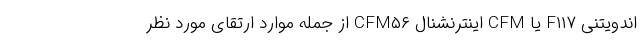
اندویتنی F۱۱۷ یا CFM اینترنشنال CFM۵۶ از جمله موارد ارتقای مورد نظر